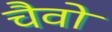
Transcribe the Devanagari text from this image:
चैवो